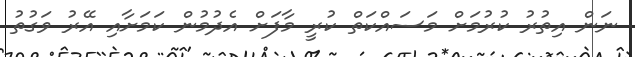
ނަން އިތުރު ކުރުމަށް މަސައްކަތް ކުރީ މާފަށް އެދުމުން ކަމަށާއި އޭރު ވަގުތު